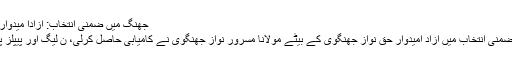
جھنگ میں ضمنی انتخاب: آزادا میدوار مسرور جھنگوی کامیاب - ARYNews.tv
جھنگ: پی پی 78 کی نشست پر ہونے والے ضمنی انتخاب میں آزاد امیدوار حق نواز جھنگوی کے بیٹے مولانا مسرور نواز جھنگوی نے کامیابی حاصل کرلی، ن لیگ اور پیپلز پارٹی کے امیدوار کامیابی حاصل نہ کرسکے۔